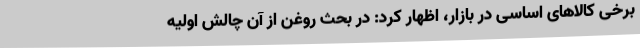
برخی کالاهای اساسی در بازار، اظهار کرد: در بحث روغن از آن چالش اولیه